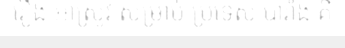
រឿង អាស្រូវ សម្រាប់ ប្រទេស បារាំង គឺ